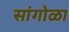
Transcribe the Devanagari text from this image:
सांगोळा